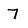
Character: 7